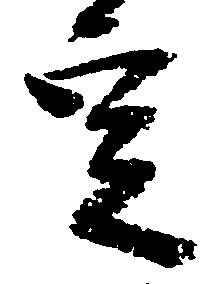
定